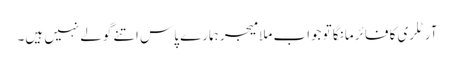
آرٹلری کا فائر مانگا تو جواب ملا میجر ہمارے پاس اتنے گولے نہیں ہیں۔